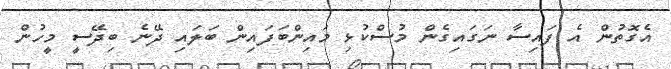
އެގޮތުން އެ ފައިސާ ނަގައިގެން މުސްކުޅި މައިންބަފައިން ބަލައި ދޭނެ ބިދޭސީ މީހުން